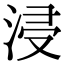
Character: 浸